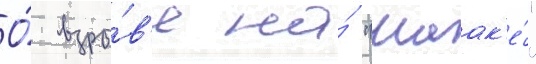
О́ взры́в'е на́ "маак'е́"